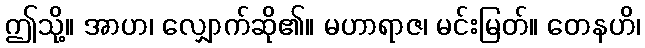
ဤသို့။ အာဟ၊ လျှောက်ဆို၏။ မဟာရာဇ၊ မင်းမြတ်။ တေနဟိ၊